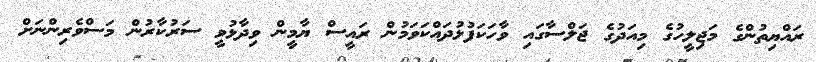
ރައްޔިތުންގެ މަޖިލީހުގެ މިއަދުގެ ޖަލްސާގައި ވާހަކަފުޅުދައްކަވަމުން ރައީސް ޔާމީން ވިދާޅުވީ ސަރުކާރުން މަސްވެރިންނަށް